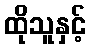
ထိုသူနှင့်